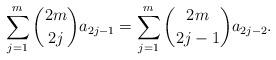
LaTeX: \begin{align*}\sum_{j=1}^{m} \binom{2m}{2j} a_{2j-1} = \sum_{j=1}^{m} \binom{2m}{2j-1}a_{2j-2}.\end{align*}